Calcutta medical institutions reports 1871-78
Year: 1871
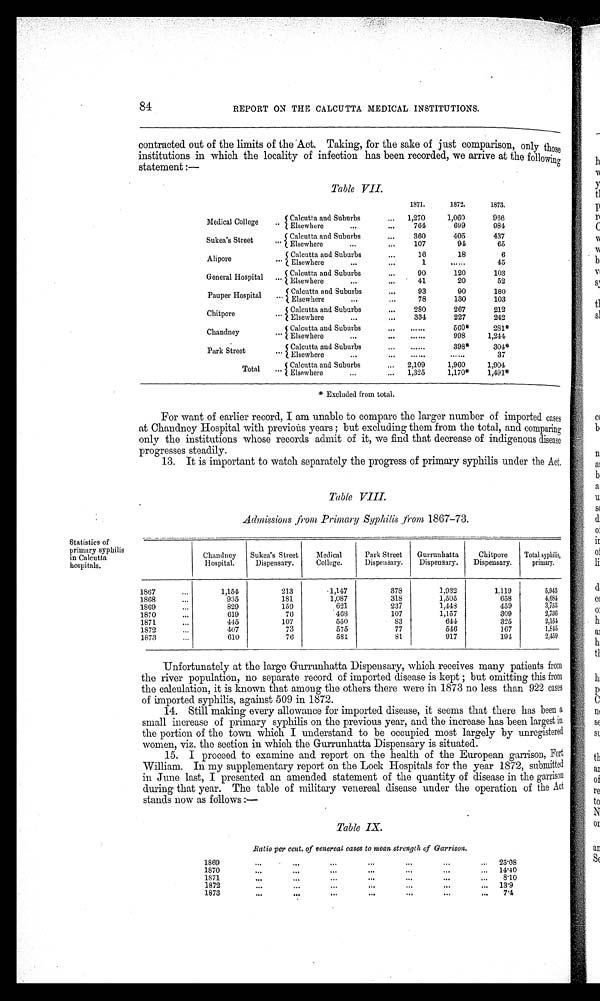
84
REPORT ON THE CALCUTTA MEDICAL INSTITUTIONS.
contracted out of the limits of the Act. Taking, for the sake of just comparison, only those
institutions in which the locality of infection has been recorded, we arrive at the followinc,
statement :—
Table VII.
1871.
1872.
1873.
Medical College
.. 1 Calcutta and Sbs
Suburbs
Elsewhere
.••
...
1 270
;
764
1,060
609
966
984
Sukea's Street
—
f Calcutta and Suburbs
Z Elsewhere
•••
.
" ...
360
107
405
94
437
65
Alipore
. f Calcutta and Suburbs
Z Elsewhere
...
...
...
16
1
18
......
6
45
General Hospital
... Calcutta and Suburbs
/ Elsewhere
•••
...
...
90
• 41
120
20
103
52
Pauper Hospital
... Calcutta and Suburbs
/ Elsewhere
•••
...
...
93
78
90
130
180
103
Chitpore
—
i Calcutta and Suburbs
Z Elsewhere
•••
...
250
334
267
227
212
242
Chandney
"'
Calcutta and Suburbs
Z Elsewhere
...
...
......
......
560*
998
281*
1,244
Park Street
—
5 Calcutta and Suburbs
Z Elsewhere
•••
...
...
......
......
398*
••• •••
304A
37
Total
... Calcutta and Suburbs
/ Elsewhere
...
...
2,109
1,325
1,960
1,170*
1,001
1,491*
* Excluded from total.
For want of earlier record, I am unable to compare the larger number of imported eases
at Chandney Hospital with previous years ; but excluding them fromthe total, and comparing
only the institutions whose records admit of it, we find that decrease of indigenous disease
progresses steadily.
13. It is important to watch separately the progress of primary syphilis under the Act.
Statistics of
primary syphilis
in Calcutta
hospitals.
Table VIII.
4.4clmissions from Primary Syphilis from 1867-73.
Chandn ey
Hospital.
Sukea's Street
Dispensary.
Medical
College.
Park Street
Dispensary.
Gurrunhatta
Dispensary.
Chitpore
Dispensary.
Total syphilis,
primary.
1867...
1,151
213
.1,147
378
1,932
1.119
5,943
1868
...
935
181
1,087
31S
1,505
658
4,684
1869
829
150
621
237
1,148
439
3,753
1870
...
619
76
468
107
1,157
309
2,730
1871
...
445
107
5:50
S3
641
325
2,154
1S72
...
407
73
575
77
546
167
1,815
1873
010
76
581
81
917
191
2,469
Unfortunately at the large Gurrunhatta Dispensary, which receives many patients from
the river population, no separate record of imported disease is kept ; but omitting this from
the calculation, it is inown that among the others there were in 1873 no less than 922 cases
of imported syphilis, against 509 in 1872.
14. Still making every allowance for imported disease, it seems that there has been
small increase of primary syphilis on the previous year, and the increase has been largest in
the portion of the town which I understand to be occupied most largely by unregistered
women, viz. the section in which the Gurrunhatta Dispensary is situated.
15. I proceed to examine and report on the health of the European garrison, Fort
William. In my supplementary report on the Lock Hospitals for the year 1872, submitted
in June last, I presented an amended statement of the quantity of disease in the garrison
during that year. The table of military venereal disease under the operation of the Act
stands now as follows :—
Table IX.
Ratio per cent. of venereal cases to mean strength of Garrison.
1869
—
...
...
...
...
...
... 25'08
1870
...
...
...
...
...
...
...
14'40
187
•..
...
...
...
...
...
8'10
1872
...
...
...
...
...
... 13'9
1873
—
•1111
O..
"II
•••
• ..
.04
7'4